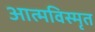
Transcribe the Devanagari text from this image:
आत्‍मविस्‍मृत